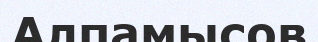
Алпамысов